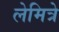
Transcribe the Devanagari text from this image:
लेमित्रे